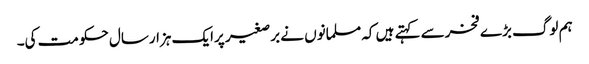
ہم لوگ بڑے فخرسے کہتے ہیں کہ مسلمانوں نے برصغیر پرایک ہزارسال حکومت کی۔